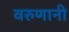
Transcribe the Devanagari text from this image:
वरुणानी